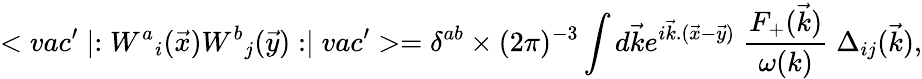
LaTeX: <vac^{\prime}\mid:{W^{a}}_{i}(\vec{x}){W^{b}}_{j}(\vec{y}):\mid vac^{\prime}>={\delta}^{ab}\times(2\pi)^{-3}\int d\vec{k}e^{i\vec{k}.(\vec{x}-\vec{y})}\; {\frac{F_{+}(\vec{k})}{\omega(k)}}\; \Delta_{ij}(\vec{k}),